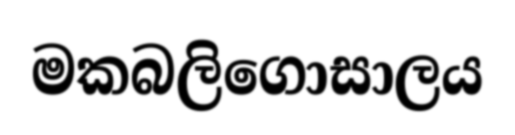
මකබලිගොසාලය